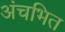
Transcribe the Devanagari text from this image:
अंचभित